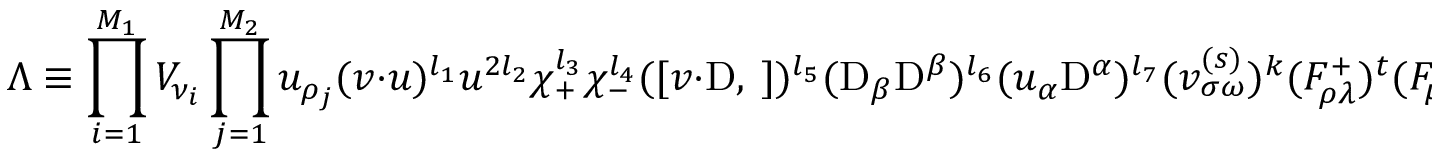
\Lambda \equiv \prod _ { i = 1 } ^ { M _ { 1 } } { \cal V } _ { \nu _ { i } } \prod _ { j = 1 } ^ { M _ { 2 } } u _ { \rho _ { j } } ( v \cdot u ) ^ { l _ { 1 } } u ^ { 2 l _ { 2 } } \chi _ { + } ^ { l _ { 3 } } \chi _ { - } ^ { l _ { 4 } } ( [ v \cdot \mathrm { D } , \ ] ) ^ { l _ { 5 } } ( \mathrm { D } _ { \beta } \mathrm { D } ^ { \beta } ) ^ { l _ { 6 } } ( u _ { \alpha } \mathrm { D } ^ { \alpha } ) ^ { l _ { 7 } } ( v _ { \sigma \omega } ^ { ( s ) } ) ^ { k } ( F _ { \rho \lambda } ^ { + } ) ^ { t } ( F _ { \mu \nu } ^ { + } ) ^ { u } \mathrm { S } _ { \kappa } ^ { r } ,